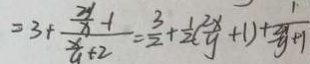
= 3 + \frac { \frac { 2 y } { x } - 1 } { \frac { x } { y } + 2 } = \frac { 3 } { 2 } + \frac { 1 } { 2 } ( \frac { 2 x } { y } + 1 ) + \frac { 1 } { 3 y + 1 }